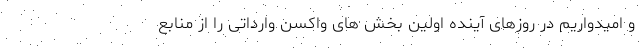
و امیدواریم در روزهای آینده اولین بخش های واکسن وارداتی را از منابع